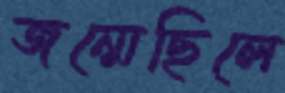
জন্মেছিলে